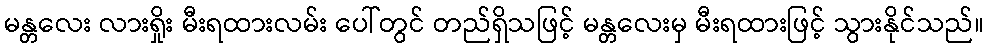
မန္တလေး လားရှိုး မီးရထားလမ်း ပေါ်တွင် တည်ရှိသဖြင့် မန္တလေးမှ မီးရထားဖြင့် သွားနိုင်သည်။